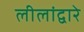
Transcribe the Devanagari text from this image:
लीलांद्वारे